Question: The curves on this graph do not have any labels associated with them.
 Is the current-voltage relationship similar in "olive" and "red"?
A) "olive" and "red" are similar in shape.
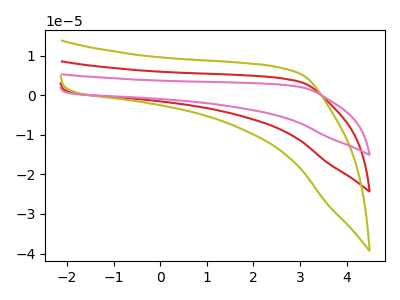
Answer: <think>The red curve "red" has no peaks. The olive curve "olive" has no peaks. The pink curve "pink" has no peaks.
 Neither "olive" or "red" have any peaks.</think>
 <answer>A) "olive" and "red" are similar in shape.</answer>
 <eval>A</eval>